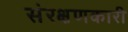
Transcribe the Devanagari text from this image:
संरक्षणकारी